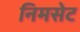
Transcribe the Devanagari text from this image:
निमसेट